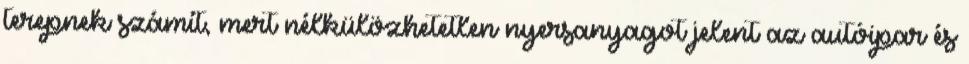
terepnek számít, mert nélkülözhetetlen nyersanyagot jelent az autóipar és